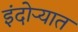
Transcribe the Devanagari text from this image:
इंदोऱ्यात